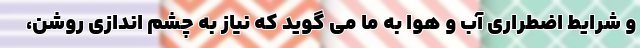
و شرایط اضطراری آب و هوا به ما می گوید که نیاز به چشم اندازی روشن،